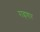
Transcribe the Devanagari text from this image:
राह्रणार